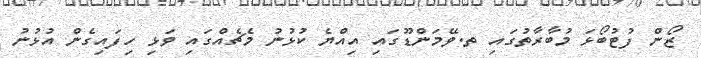
ޒޯން ފުޓުބޯޅަ މުބާރާތުގައި ތ.ވޭމަންޑޫގައި އިއްޔެ ކުޅުނު މެޗެއްގައި ވަޅި ހިފައިގެން އުޅުނު